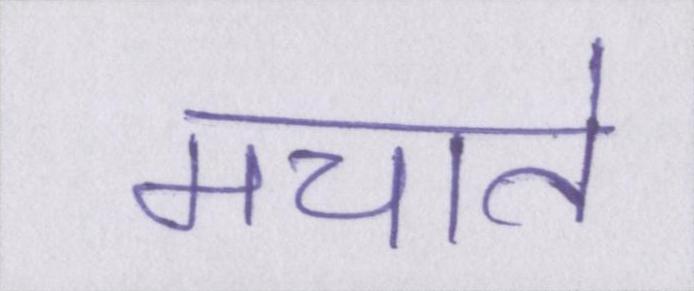
मचाते